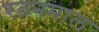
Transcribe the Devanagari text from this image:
रतनमाल